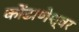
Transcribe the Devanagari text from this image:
कोंढाणेश्वर